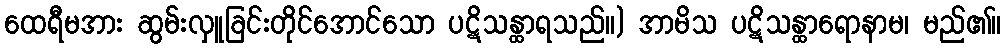
ထေရီမအား ဆွမ်းလှူခြင်းတိုင်အောင်သော ပဋိသန္ထာရသည်။) အာမိသ ပဋိသန္ထာရောနာမ၊ မည်၏။